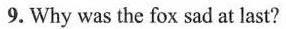
9. Why was the fox sad at last?